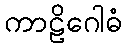
ကာဠိဂေါဓံ